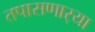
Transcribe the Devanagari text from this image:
तपासणार्‍या